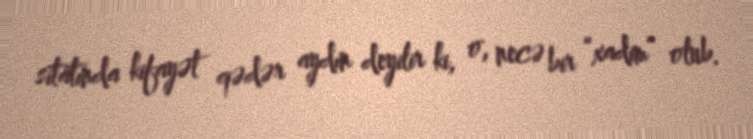
sitatında kifayət qədər aydın deyilir ki, o, necə bir “xadim” olub.